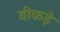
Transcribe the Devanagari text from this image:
वीकड़े